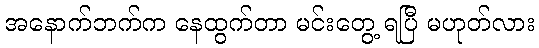
အနောက်ဘက်က နေထွက်တာ မင်းတွေ့ ရပြီ မဟုတ်လား